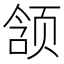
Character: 颔